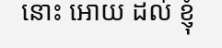
នោះ អោយ ដល់ ខ្ញុំ